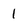
Character: 1